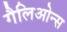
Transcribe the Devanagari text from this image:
गैलिओन्स